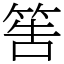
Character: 筶